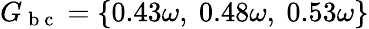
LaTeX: G_{\mathrm{~b~c~}}=\{ 0.43\omega,~0.48\omega,~0.53\omega\}